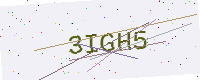
Text: 3IGH5